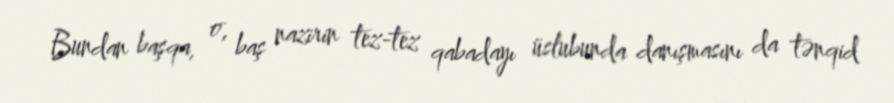
Bundan başqa, o, baş nazirin tez-tez qabadayı üslubunda danışmasını da tənqid